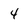
Character: 4